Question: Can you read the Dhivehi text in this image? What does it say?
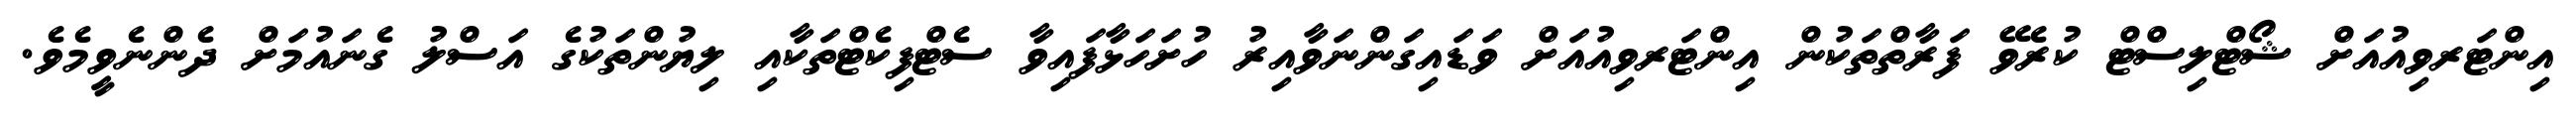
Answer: އިންޓަރވިއުއަށް ޝޯޓްލިސްޓް ކުރެވޭ ފަރާތްތަކުން އިންޓަރވިއުއަށް ވަޑައިގަންނަވާއިރު ހުށަހަޅާފައިވާ ސެޓްފިކެޓްތަކާއި ލިޔުންތަކުގެ އަސްލު ގެނައުމަށް ދެންނެވީމެވެ.